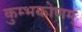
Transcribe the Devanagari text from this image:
कुम्भकोणम्